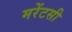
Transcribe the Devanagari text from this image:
मरेंटसी